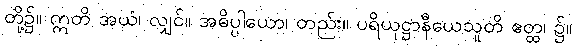
တို့၌။ ဣတိ အယံ၊ လျှင်။ အဓိပ္ပါယော၊ တည်း။ ပရိယုဋ္ဌာနီယေသူတိ ဧတ္ထ၊ ၌။